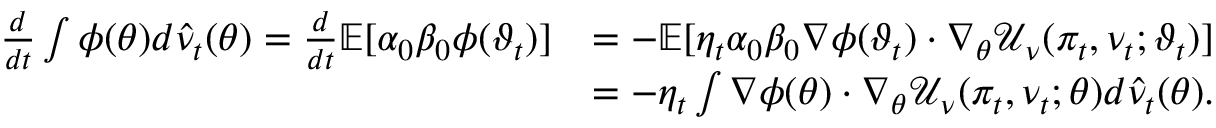
\begin{array} { r l } { \frac { d } { d t } \int \phi ( \theta ) d \hat { \nu } _ { t } ( \theta ) = \frac { d } { d t } \mathbb { E } [ \alpha _ { 0 } \beta _ { 0 } \phi ( \vartheta _ { t } ) ] } & { = - \mathbb { E } [ \eta _ { t } \alpha _ { 0 } \beta _ { 0 } \nabla \phi ( \vartheta _ { t } ) \cdot \nabla _ { \theta } \mathcal { U } _ { \nu } ( \pi _ { t } , \nu _ { t } ; \vartheta _ { t } ) ] } \\ & { = - \eta _ { t } \int \nabla \phi ( \theta ) \cdot \nabla _ { \theta } \mathcal { U } _ { \nu } ( \pi _ { t } , \nu _ { t } ; \theta ) d \hat { \nu } _ { t } ( \theta ) . } \end{array}